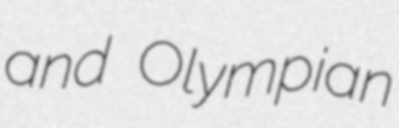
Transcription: and Olympian